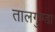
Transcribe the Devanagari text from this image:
तालगुण्डा